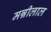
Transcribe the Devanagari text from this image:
मन्नीलाल